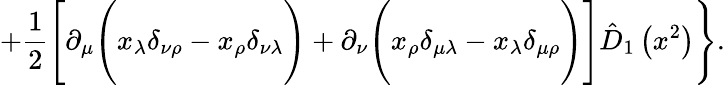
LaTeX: +\frac 12\Biggl[\partial_{\mu}\Biggl(x_{\lambda}\delta_{\nu\rho}-x_{\rho}\delta_{\nu\lambda}\Biggr)+\partial_{\nu}\Biggl(x_{\rho}\delta_{\mu\lambda}-x_{\lambda}\delta_{\mu\rho}\Biggr)\Biggr]\hat{D}_{1}\left(x^{2}\right)\Biggr\} .